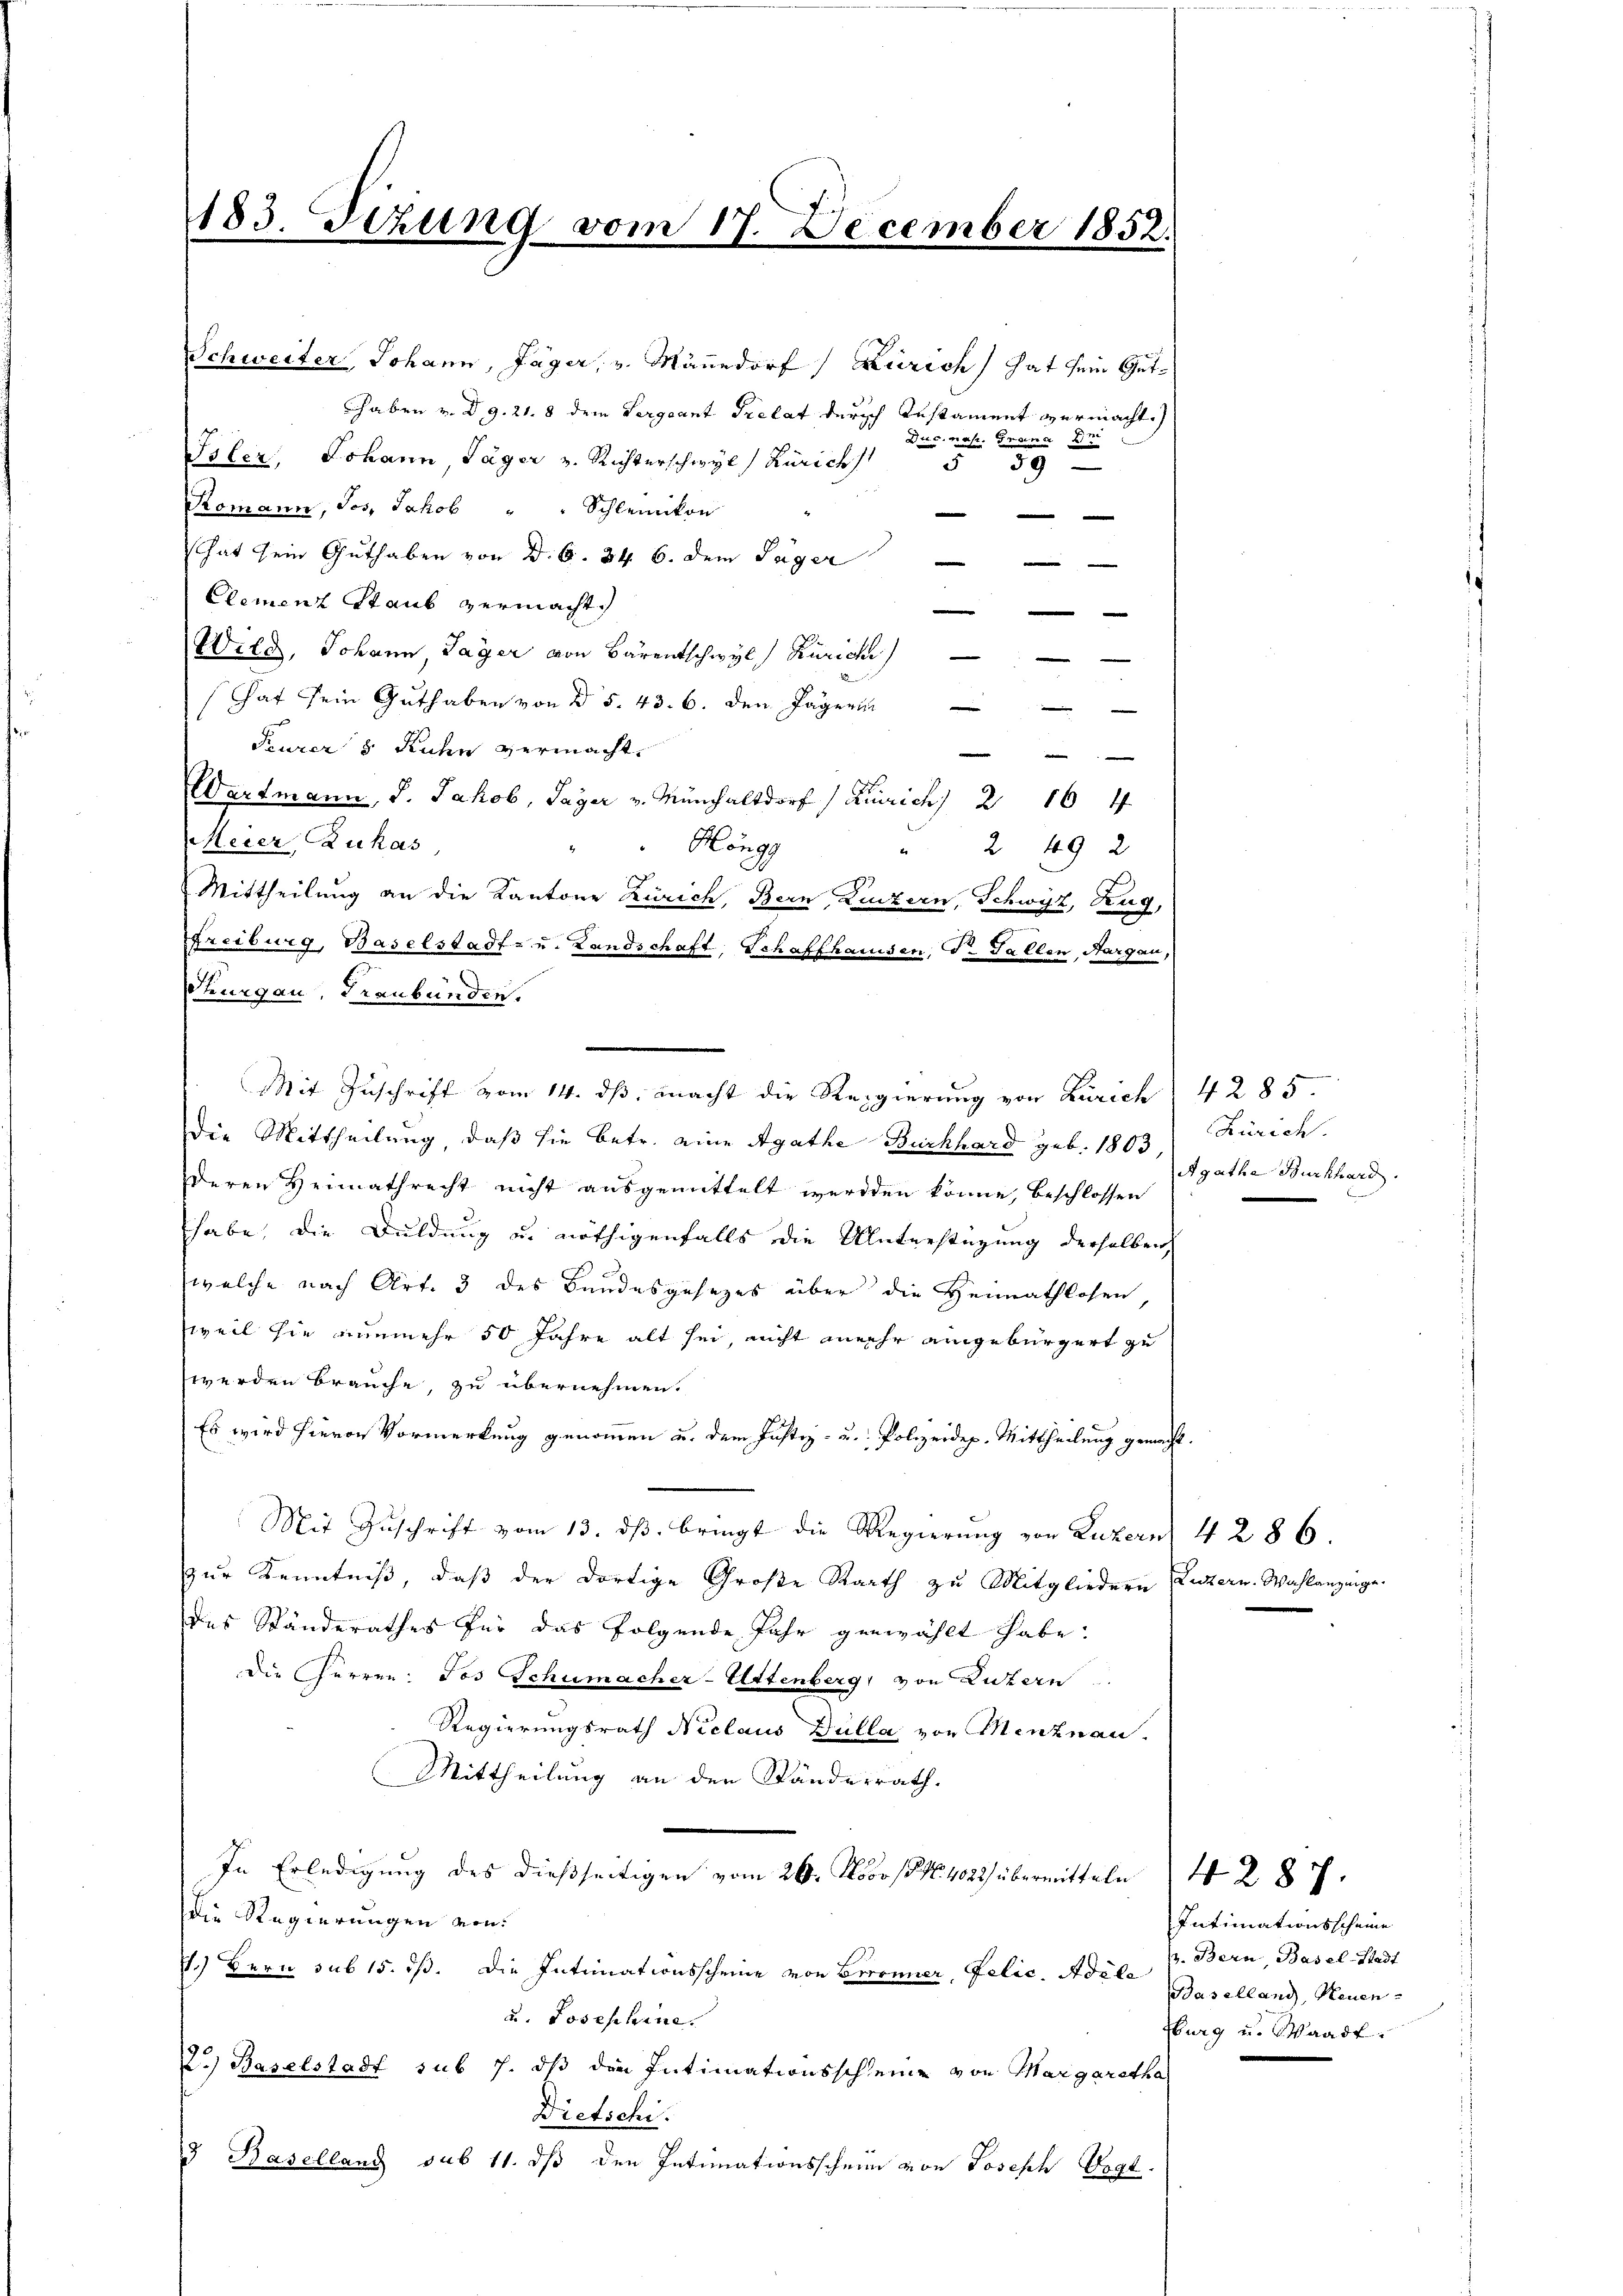
183. Sizung vom 17. December 1852.

Romann, Jos. Jakob " " Schleinikon

hat sein Guthaben von d. S. 34. 6. dem Jäger

Clement Staub vermacht.

Wild, Johann, Lager von Bärentschwyl) Zürichi
hat sein Guthaben von § 5. 43. 6. den Jägerin
.
Feurer 5 Kuhn vermacht.

Wartmann, d. Jakob, Payer v. Münchaltdorf / Kurich 2164
Meier Zukas,
Höngg
 249 2
Mittheilung an die Kantone Zürich, Bern, Luzern, Schwyz, Zug,
Freiburg, Baselstadt- u. Landschaft, Schaffhausen, Dr. Gallen, Aargau,
hurgau, Graubünden.
Die Mittheilung, daß sie betr. eine Agathe Burkhard geb. 1803
deren Heimathrecht nicht ausgemittelt werden könne, beschlossen
thabe, die Duldung u. nöthigenfalls die Unterstüzung derselben
welche nach Art. 3 des Bundesgesezes über die Heimathlosen,
weil sie nunmehr 50 Jahre alt sei, nicht mehr eingebürgert zu
werden brauche, zu übernehmen.
Es wird hievon Vormerkung genommen u. dem Justiz- u. Polizeidep. Mittheilung gemacht.
Mit Zuschrift vom 13. dβ. bringt die Regierung von Luzern 4 286.
zur Kenntniß, daß der dortige Große Rath zu Mitgliedern Luzern Wahlanzeige.
des Standerathes für das folgende Jahr gezählt habe.
Die Herren: Jos Schumacher-Attenberg, von Luzern.
Regierungsrath Niclaus Dülla von Menznau.
Mittheilung an den Ständerrath.
In Erledigung des dießseitigen vom 26. Nobos No. 402 übermitteln 42. 87.
die Regierungen von
7.) Bern sub 15. dß. Die Intimationsscheine von Brenner, Felić. Adil 7. Bern, Basel-Stadt
u. Josephine.
2.) Baselstadt sub 7. dß die Intimationsscheine von Margaretha
Dietschi.
3 Baselland sub 11. dß den Intimationsschein von Joseph Vogt.

Schweiter, Johann, Jäger, v. Mänedorf (Kirich hat sein Guthaben v. d. 9. 21. 8 dem Lergcant Prelat durch Testament vermacht.)
Duc. nas. Grana Dr
Toler, Johann Jäger z. Richterschwyl Zürich
39

Mit Zuschrift vom 14. ds. macht die Regierung von Zürich

4285
Zürich.
Agatha Burkhard.

Intimationsscheine
Baselland, Neuen-
Eburg u. Waadt